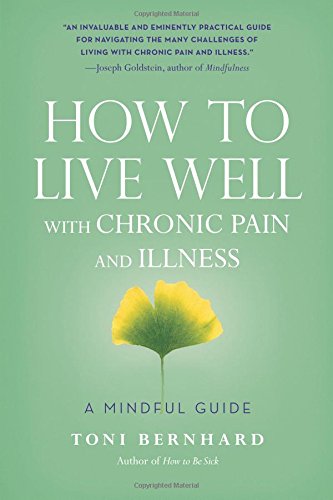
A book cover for How to Live Well with Chronic Pain and Illness: A Mindful Guide; Toni Bernhard; Health, Fitness & Dieting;